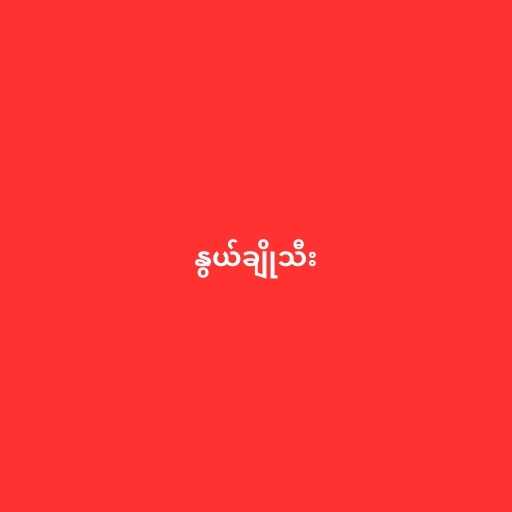
နွယ်ချိုသီး